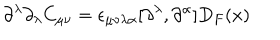
\partial ^ { \lambda } \partial _ { \lambda } C _ { \mu \nu } = \epsilon _ { \mu \nu \lambda \alpha } [ \partial ^ { \lambda } , \partial ^ { \alpha } ] D _ { F } ( x )